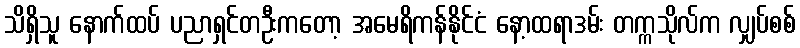
သိရှိသူ နောက်ထပ် ပညာရှင်တဦးကတော့ အမေရိကန်နိုင်ငံ နော့ထရာဒမ်း တက္ကသိုလ်က လျှပ်စစ်